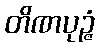
တိဏပုဉ္ဇံ